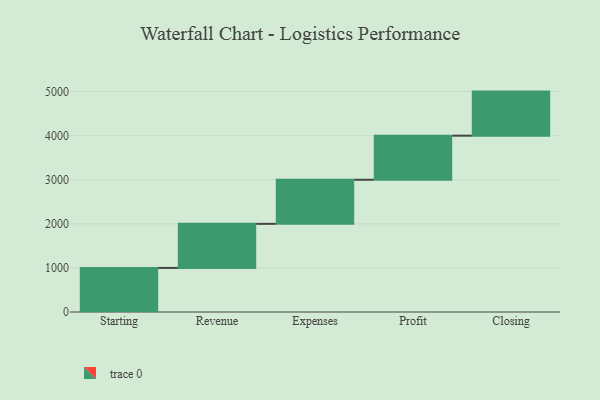
{"axis": {"x": "Step", "y": "Value"}, "legend": [""], "data": [{"x": "Starting", "y": 1000, "type": ""}, {"x": "Revenue", "y": 1000, "type": ""}, {"x": "Expenses", "y": 1000, "type": ""}, {"x": "Profit", "y": 1000, "type": ""}, {"x": "Closing", "y": 1000, "type": ""}]}